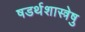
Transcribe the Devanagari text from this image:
षडर्थशास्त्रेषु